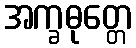
အက္ခဓုတ္တေ